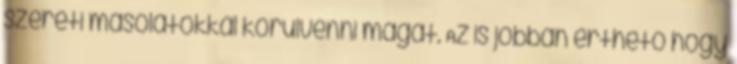
szereti másolatokkal körülvenni magát. Az is jobban érthető hogy